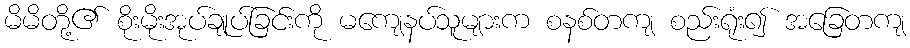
မိမိတို့၏ စိုးမိုးအုပ်ချုပ်ခြင်းကို မကျေနပ်သူများက စနစ်တကျ စည်းရုံး၍ အခြေတကျ